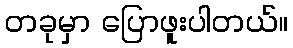
တခုမှာ ပြောဖူးပါတယ်။